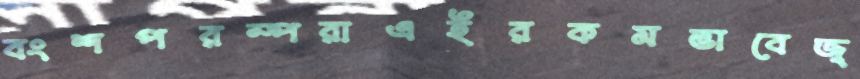
বংশপরম্পরাএইরকমভাবেজ্